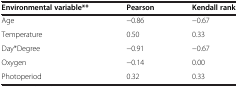
| Environmental variable** | Pearson | Kendall rank |
 | --- | --- | --- |
 | Age | −0.86 | −0.67 |
 | Temperature | 0.50 | 0.33 |
 | Day*Degree | −0.91 | −0.67 |
 | Oxygen | −0.14 | 0.00 |
 | Photoperiod | 0.32 | 0.33 |